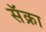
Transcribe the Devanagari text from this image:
सॅक्रा